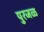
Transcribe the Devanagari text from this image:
पुरजळ